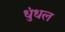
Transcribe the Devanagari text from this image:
धुंधल